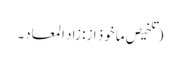
(تلخیص ماخوذ از: زاد المعاد۔